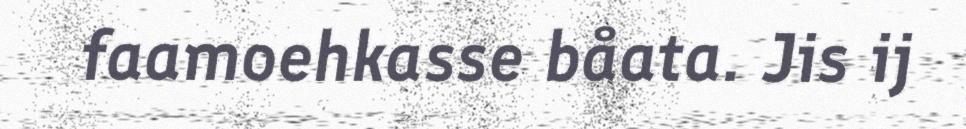
faamoehkasse båata. Jis ij